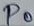
Text: P0